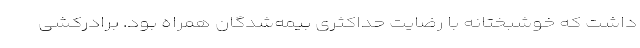
داشت که خوشبختانه با رضایت حداکثری بیمه‌شدگان همراه بود. برادرکشی